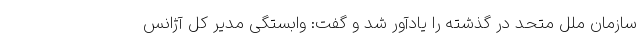
سازمان ملل متحد در گذشته را یادآور شد و گفت: وابستگی مدیر کل آژانس